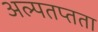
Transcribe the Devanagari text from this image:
अल्पतप्तता